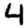
Digit: 4